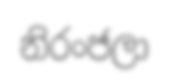
නිරංජලා